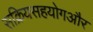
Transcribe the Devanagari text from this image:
सक्रियसहयोगऔर